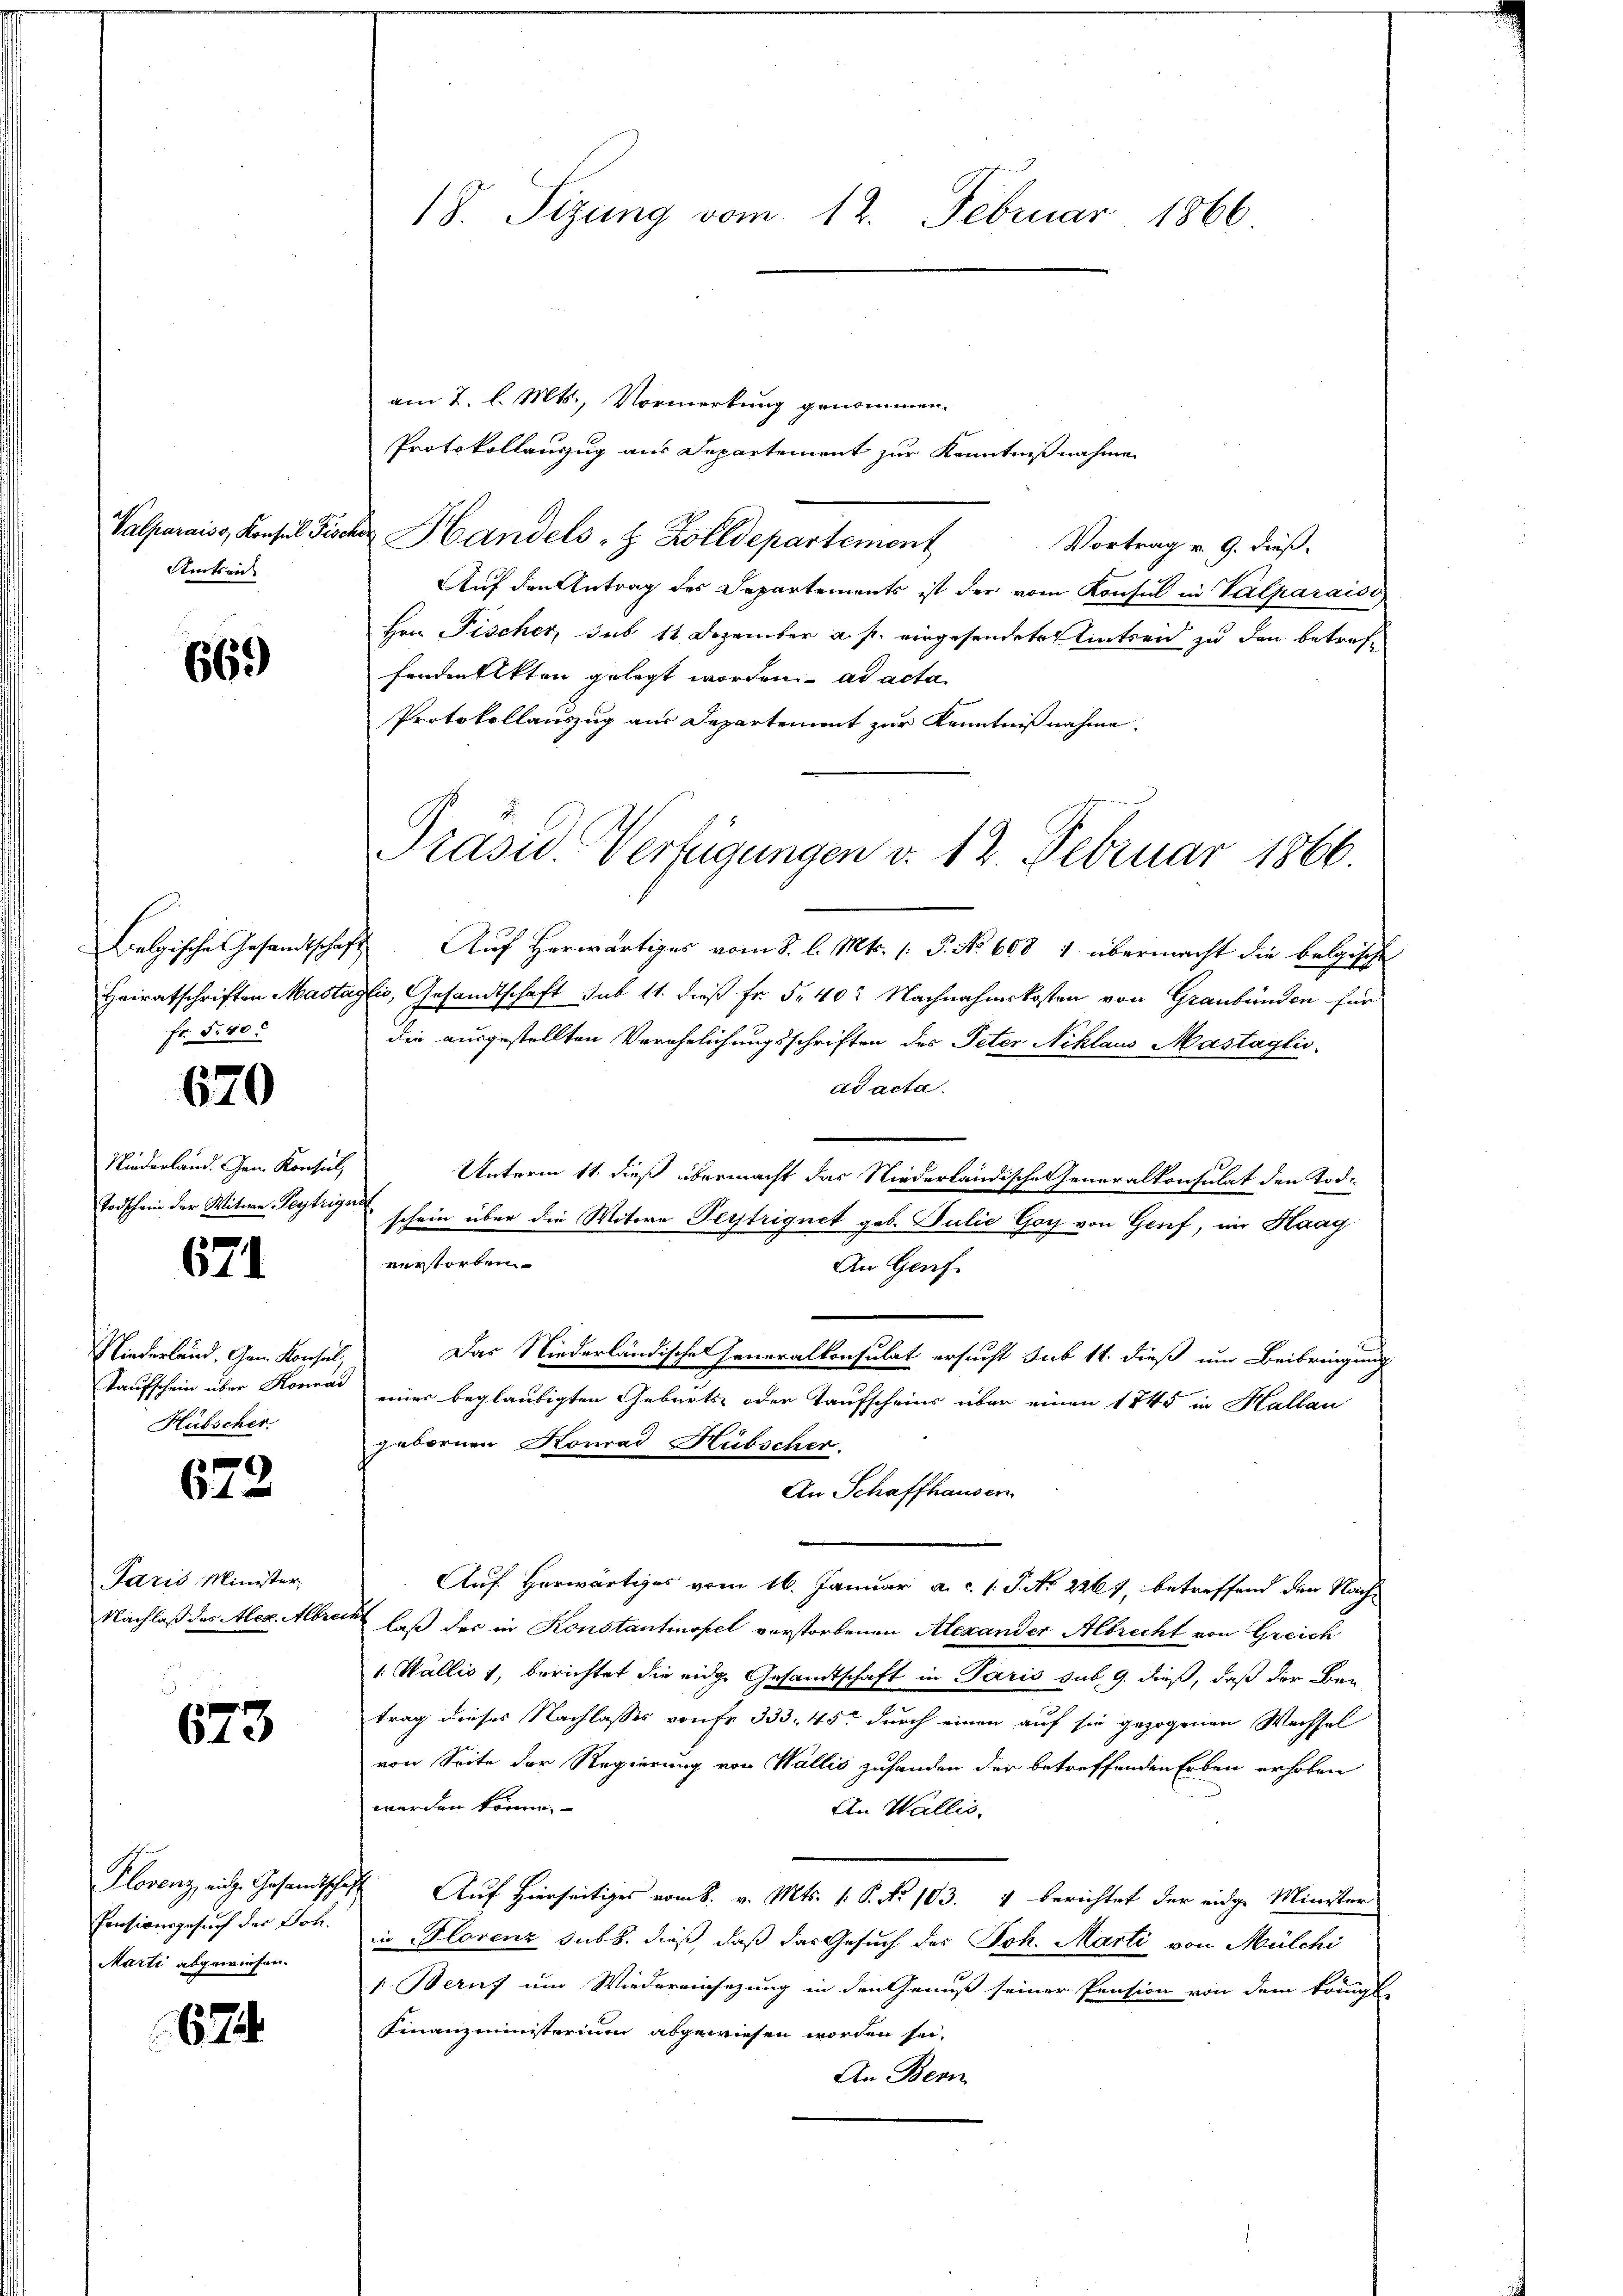
Valparaiss, Konsul Fis
Amtsric

669)

Heiratschriften Mastag
Fr. S. 40.

670

Niederland. Gem. Konsul,
Todschein der Witwe Teytrige

671

Niederland, Gen. Konsul,
Taufschein über Konrad
Hübscher.

672.

Paris Minister,
Nachlaß des Alex. Albret

673

Plovenz, eit. Gesandtschaf
Pensionsgesuch der Joh.
Marti abgewiesen.

67

18. Sizung vom 12. Februar 1866

am 2. l. Mts., Vormerkung genommen.
Protokollauszug aus Departement zur Kenntnißnahme
 Handels- & Zolldepartement
Vortrag v. 9. dieß.
Auf den Antrag des Departements ist der vom Konsul in Valparaiso
Hrn. Fischer, sub 11 Dezember a. p. eingesendeten Eintreid zu den betreffenden Akten gelegt worden. ad acta
Protokollauszug aus Departement zur Kenntnißnahme.
Belgische Gesandtschaft. Auf Herwärtiges vom 8. l. Mts. 1. P. No 608 1 übermacht die belgische
gli, Gesandtschaft sub 11. dieß Fr. 5 402 Nachnahmskosten von Graubünden für
die ausgestellten Verehelichungsschriften des Peter Niklaus Mastaglic
ad acta.
Unterm 11. dieß übermacht das Niederländische Generalkonsulat den Tod.
schein über die Witwe Perstriguet geb. Julić Goy von Genf, im Haag
verstorben
An Genf.
Das Niederländische Generalkonsulat ersucht sub 14. dieß um Beibringung
einer beglaubigten Geburts- oder Taufscheins über einen 1745 in Hallau
gebornen Konrad Hübscher.
An Schaffhausern
Auf Herwärtiges vom 16. Januar a. c. l. J. No 2267, betreffend den Nach¬
 laß der in Konstantinopel verstorbenen Alexander Albrecht von Greich
1. Wallis, berichtet die eidge Gesandtschaft in Paris sub. 9. dieß, daß der Be-
trag dieses Nachlasses von fr. 333. 45 durch einen auf sie gezogenen Wechsel
von Seite der Regierung von Wallis zuhanden der betreffenden Erben erhoben
werden könne.
An Wallis.
X Auf Hierseitiges vom 8. v. Mts. v. P. No 103. 4 berichtet der eidge Minister
in Florenz sub b. dieß, daß das Gesuch des Joh. Marti von Mülchi
1. Beruf und Wiederriihrzung in den Genuß seiner Pension von dem krängt-
Finanzministerium abgewiesen worden sei.
An Bern

Präsid. Verfügungen v. 12. Februar 1866.